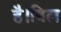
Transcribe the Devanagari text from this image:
है।बिल